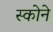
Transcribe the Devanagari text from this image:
स्कोने